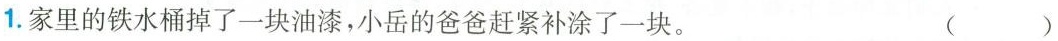
1.家里的铁水桶掉了一块油漆，小岳的爸爸赶紧补涂了一块。 ( )